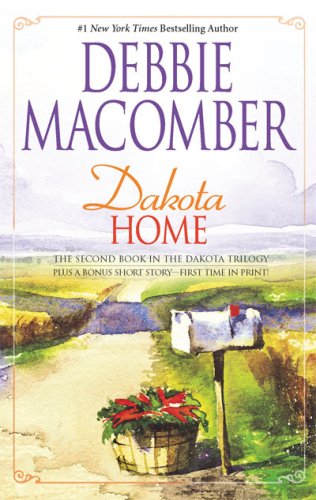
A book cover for Dakota Home (Dakota Series #2); Debbie Macomber; Religion & Spirituality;